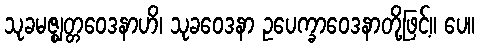
သုခမဇ္ဈတ္တဝေဒနာဟိ၊ သုခဝေဒနာ ဥပေက္ခာဝေဒနာတို့ဖြင့်။ ပေ။